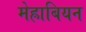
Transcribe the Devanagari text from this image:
मेह्राबियन